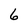
Character: 6